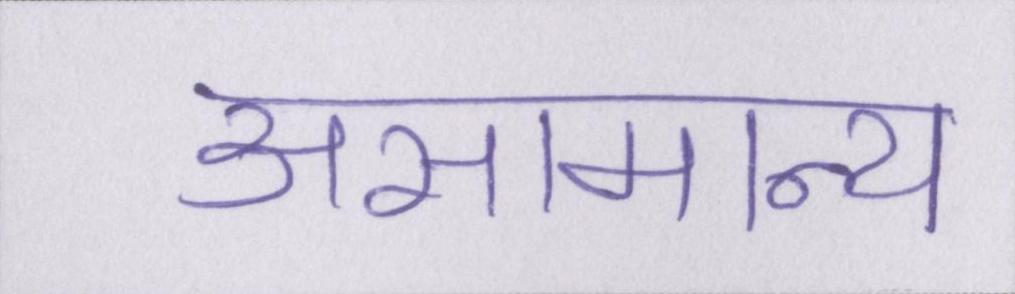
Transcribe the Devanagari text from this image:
असामान्य